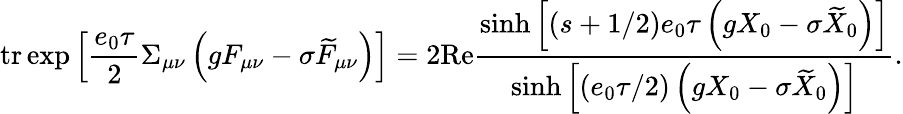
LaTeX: \mathrm{tr}\exp\left[\frac{e_{0}\tau}2\Sigma_{\mu\nu}\left(gF_{\mu\nu}-\sigma\widetilde{F}_{\mu\nu}\right)\right]=2\mathrm{Re}\frac{\sinh\left[(s+1/2)e_{0}\tau\left(gX_{0}-\sigma\widetilde{X}_{0}\right)\right]}{\sinh\left[\left(e_{0}\tau/2\right)\left(gX_{0}-\sigma\widetilde{X}_{0}\right)\right]}.